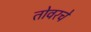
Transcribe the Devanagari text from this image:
तोवरचे